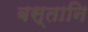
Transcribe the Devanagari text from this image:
बस्तानि